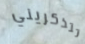
تتذكريني